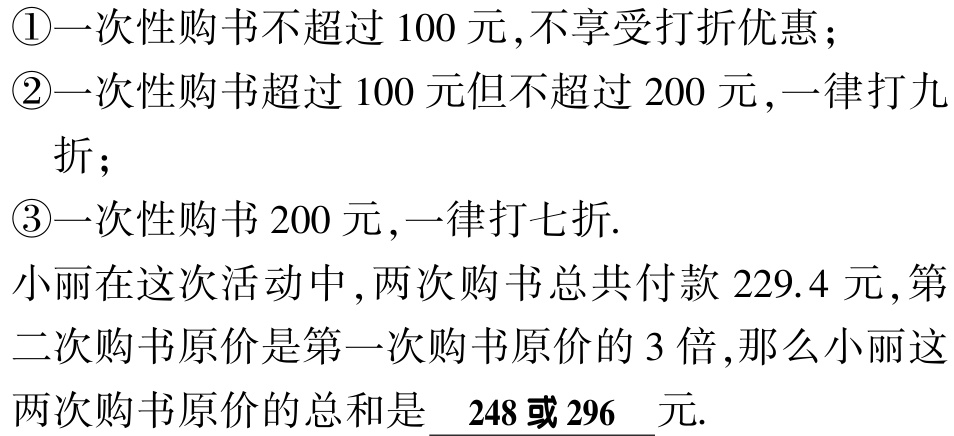
\textcircled{1}一次性购书不超过 \(100\) 元,不享受打折优惠；

\textcircled{2}一次性购书超过 \(100\) 元但不超过 \(200\) 元,一律打九折；

\textcircled{3}一次性购书 \(200\) 元,一律打七折.

小丽在这次活动中,两次购书总共付款 \(229.4\) 元,第二次购书原价是第一次购书原价的 \(3\) 倍,那么小丽这两次购书原价的总和是 \(\underline{ 248或296}\) 元.